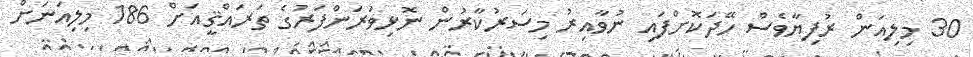
30 މިލިއަން ރުފިޔާވެސް ހޭދަކޮށްފައި ނުވާއިރު މިސަރުކާރުން ނޮޅިވަރަންފަރުގެ ތަރައްޤީއަށް 186 މިލިއަނަށް